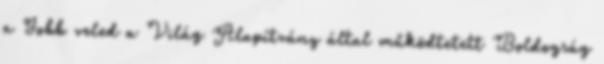
a Jobb veled a Világ Alapítvány által működtetett Boldogság